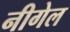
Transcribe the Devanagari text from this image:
नीगेल